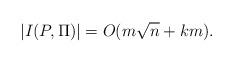
LaTeX: \begin{align*}|I(P,\Pi)|=O( m\sqrt{n} + km).\end{align*}